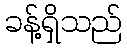
ခန့်ရှိသည်